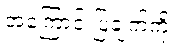
အကြောင်းပြချက်ကို